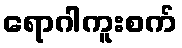
ရောဂါကူးစက်